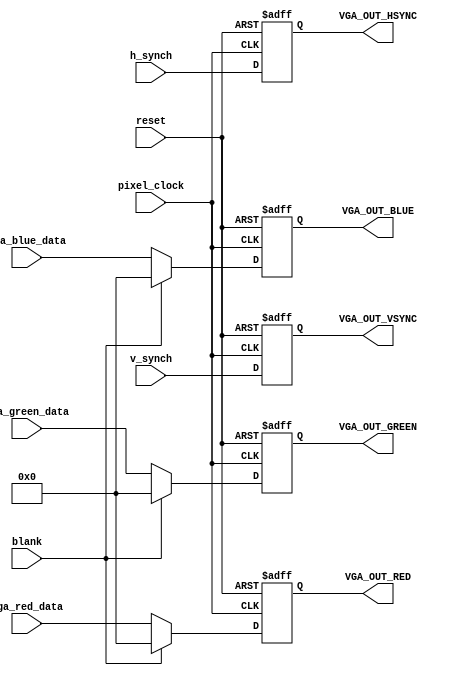
module VIDEO_OUT
(
	pixel_clock,
	reset,
	vga_red_data,
	vga_green_data,
	vga_blue_data,
	h_synch,
	v_synch,
	blank,

	VGA_OUT_HSYNC,
	VGA_OUT_VSYNC,
	VGA_OUT_RED,
	VGA_OUT_GREEN,
	VGA_OUT_BLUE
);

input			pixel_clock;
input			reset;
input	[7:0]	vga_red_data;
input	[7:0]	vga_green_data;
input	[7:0]	vga_blue_data;
input			h_synch;
input			v_synch;
input			blank;

output			VGA_OUT_HSYNC;
output			VGA_OUT_VSYNC;
output	[7:0]	VGA_OUT_RED;
output	[7:0]	VGA_OUT_GREEN;
output	[7:0]	VGA_OUT_BLUE;

reg				VGA_OUT_HSYNC;
reg				VGA_OUT_VSYNC;
reg		[7:0]	VGA_OUT_RED;
reg		[7:0]	VGA_OUT_GREEN;
reg		[7:0]	VGA_OUT_BLUE;

// make the external video connections
always @ (posedge pixel_clock or posedge reset) begin
	if (reset) begin
		// shut down the video output during reset
		VGA_OUT_HSYNC 			<= 1'b1;
		VGA_OUT_VSYNC 			<= 1'b1;
		VGA_OUT_RED				<= 8'b0;
		VGA_OUT_GREEN			<= 8'b0;
		VGA_OUT_BLUE			<= 8'b0;
	end
	
	else if (blank) begin
		// output black during the blank signal
		VGA_OUT_HSYNC	 		<= h_synch;
		VGA_OUT_VSYNC 	 		<= v_synch;
		VGA_OUT_RED				<= 8'b0;
		VGA_OUT_GREEN			<= 8'b0;
		VGA_OUT_BLUE			<= 8'b0;
	end
	
	else begin
		// output color data otherwise
		VGA_OUT_HSYNC	 		<= h_synch;
		VGA_OUT_VSYNC 	 		<= v_synch;
		VGA_OUT_RED				<= vga_red_data;
		VGA_OUT_GREEN			<= vga_green_data;
		VGA_OUT_BLUE			<= vga_blue_data;
	end
end

endmodule // VIDEO_OUT